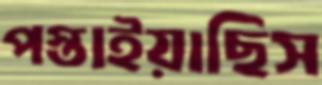
পস্তাইয়াছিস